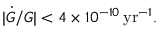
| \dot { G } / G | < 4 \times 1 0 ^ { - 1 0 } \, \mathrm { y r } ^ { - 1 } .